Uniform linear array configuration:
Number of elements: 48
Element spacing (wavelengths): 1
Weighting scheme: exponential
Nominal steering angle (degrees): -15
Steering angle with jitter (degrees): -16.819
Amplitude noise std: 0.05
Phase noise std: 0.05

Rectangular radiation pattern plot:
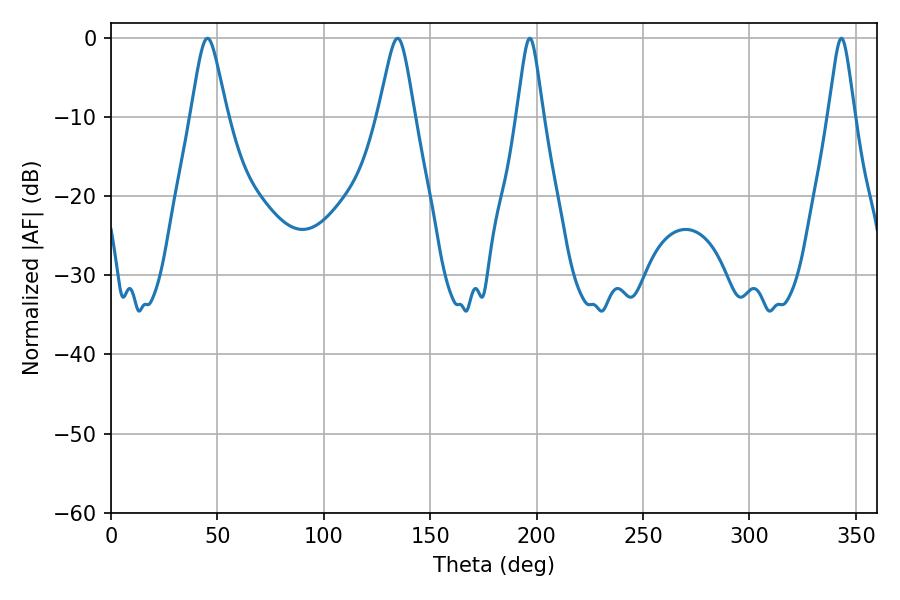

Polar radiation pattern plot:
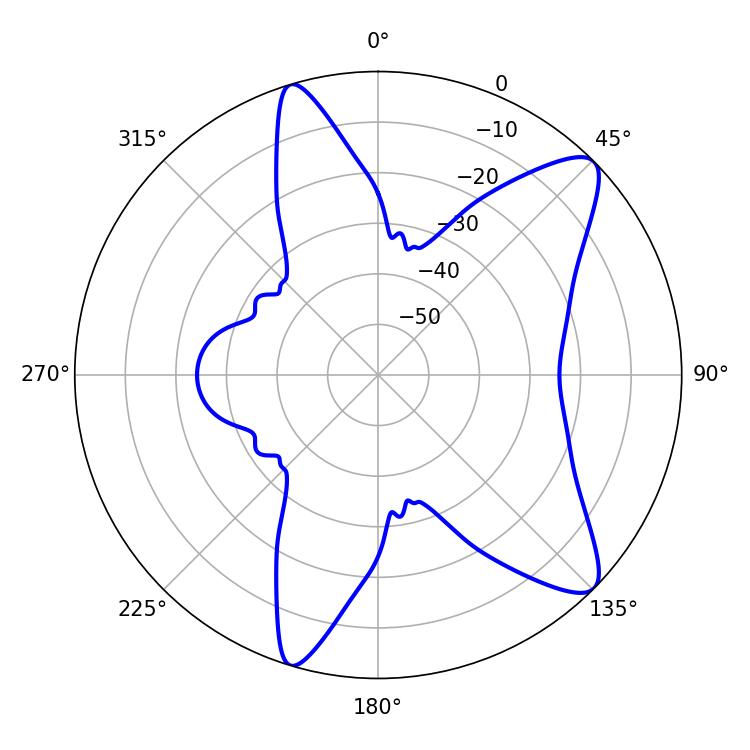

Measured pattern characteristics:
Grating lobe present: TRUE
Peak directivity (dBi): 10.466
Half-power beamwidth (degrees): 8.1
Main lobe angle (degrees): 45.36